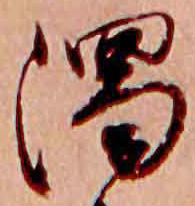
濁